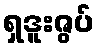
ရှဒူးဇွပ်